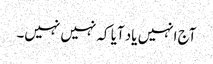
آج انہیں یاد آیا کہ نہیں نہیں۔